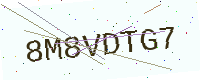
Text: 8M8VDTG7